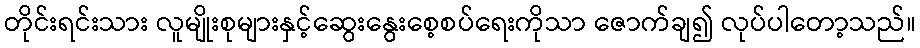
တိုင်းရင်းသား လူမျိုးစုများနှင့်ဆွေးနွေးစေ့စပ်ရေးကိုသာ ဇောက်ချ၍ လုပ်ပါတော့သည်။